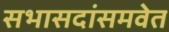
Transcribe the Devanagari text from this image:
सभासदांसमवेत